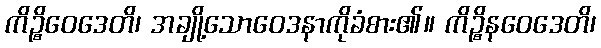
ကိဉ္စိဝေဒေတိ၊ အချို့သောဝေဒနာကိုခံစား၏။ ကိဉ္စိနဝေဒေတိ၊